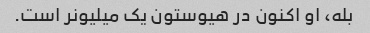
بله، او اکنون در هیوستون یک میلیونر است.